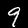
Digit: 9